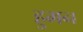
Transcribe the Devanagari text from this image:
हुमन